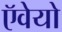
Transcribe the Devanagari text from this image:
ऍवेयो